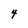
Character: 4